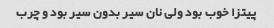
پیتزا خوب بود ولی نان سیر بدون سیر بود و چرب